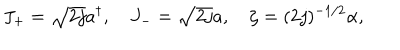
J _ { + } = \sqrt { 2 j } a ^ { \dagger } , \quad J _ { - } = \sqrt { 2 j } a , \quad \zeta = ( 2 j ) ^ { - 1 / 2 } \alpha ,